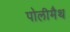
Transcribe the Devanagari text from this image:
पोलीमैथ